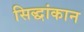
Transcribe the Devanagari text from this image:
सिद्धांकान